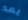
بعد